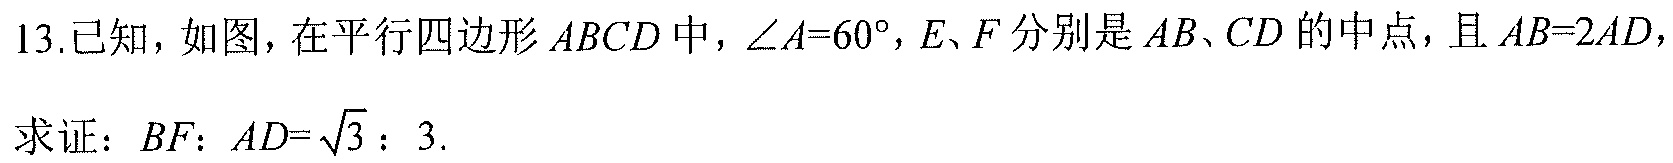
13.已知，如图，在平行四边形 \(ABCD\) 中，\(\angle A = 60^{\circ}\)，\(E、F\) 分别是 \(AB、CD\) 的中点，且 \(AB = 2AD\)，
求证：\(BF\)：\(AD=\sqrt{3}:3\).